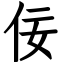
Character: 佞